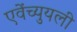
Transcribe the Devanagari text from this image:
एवेंच्युयली